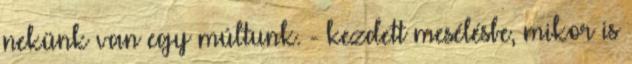
nekünk van egy múltunk. - kezdett mesélésbe, mikor is